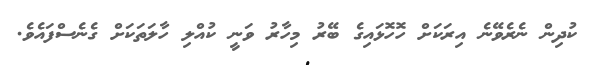
ކުދިން ނެރެވޭނެ އިރަކަށް ހޮހޮޅައިގެ ބޭރު މިހާރު ވަނީ ކުއްލި ހާލަތަކަށް ގެނެސްފައެވެ.